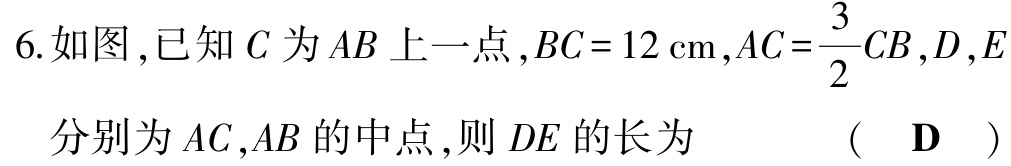
6.如图,已知\(C\)为\(AB\)上一点,\(BC = 12\mathrm{cm}\),\(AC=\frac{3}{2}CB\),\(D\),\(E\)分别为\(AC\),\(AB\)的中点,则\(DE\)的长为 （ \(\mathbf{D}\) ）